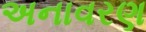
અનાવરણ